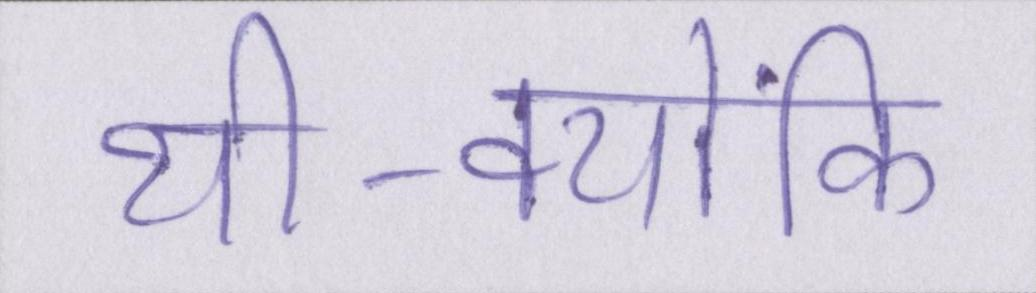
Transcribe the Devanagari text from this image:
थी-क्योंकि